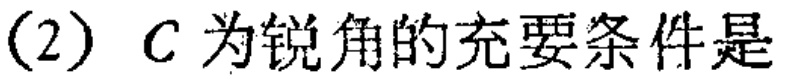
(2) \(C\) 为锐角的充要条件是